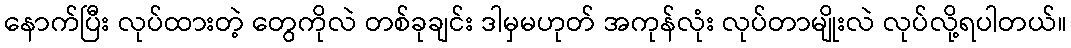
နောက်ပြီး လုပ်ထားတဲ့ တွေကိုလဲ တစ်ခုချင်း ဒါမှမဟုတ် အကုန်လုံး လုပ်တာမျိုးလဲ လုပ်လို့ရပါတယ်။